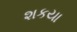
શકયા